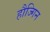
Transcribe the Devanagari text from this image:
हौज्गिन